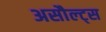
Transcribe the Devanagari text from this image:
असौल्ट्स